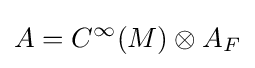
A=C^{\infty }(M)\otimes A_{F}